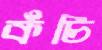
কঁচি